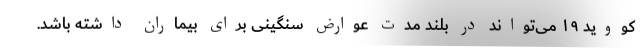
کووید ۱۹ می‌تواند در بلند مدت عوارض سنگینی برای بیماران داشته باشد.